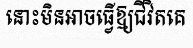
នោះមិនអាចធ្វើឱ្យជីវិតគេ